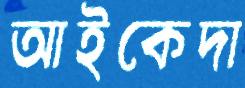
আইকেদা